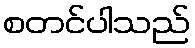
စတင်ပါသည်